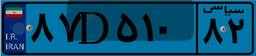
۸۷D۵۱۰۸۲